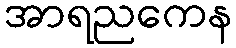
အာရညကေန